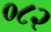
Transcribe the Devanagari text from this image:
०८२